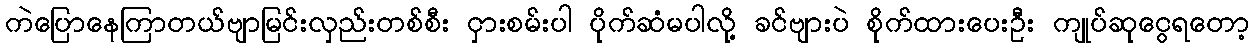
ကဲပြောနေကြာတယ်ဗျာမြင်းလှည်းတစ်စီး ငှားစမ်းပါ ပိုက်ဆံမပါလို့ ခင်ဗျားပဲ စိုက်ထားပေးဦး ကျုပ်ဆုငွေရတော့